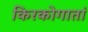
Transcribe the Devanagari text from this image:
किरकोगातां